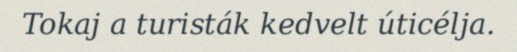
Tokaj a turisták kedvelt úticélja.